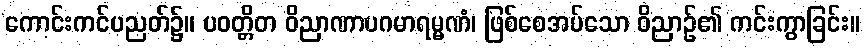
ကောင်းကင်ပညတ်၌။ ပဝတ္တိတ ဝိညာဏာပဂမာရမ္မဏံ၊ ဖြစ်စေအပ်သော ဝိညာဉ်၏ ကင်းကွာခြင်း။